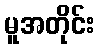
မူအတိုင်း